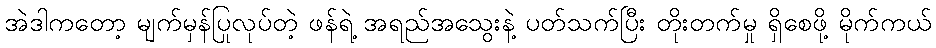
အဲဒါကတော့ မျက်မှန်ပြုလုပ်တဲ့ ဖန်ရဲ့ အရည်အသွေးနဲ့ ပတ်သက်ပြီး တိုးတက်မှု ရှိစေဖို့ မိုက်ကယ်